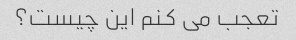
تعجب می کنم این چیست؟